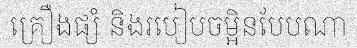
គ្រឿងផ្សំ និងរបៀបចម្អិនបែបណា